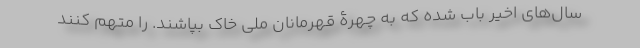
سال‌های اخیر باب شده که به چهرۀ قهرمانان ملی خاک بپاشند. را متهم کنند